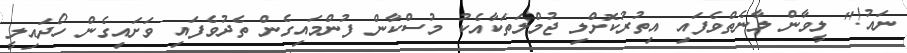
ނައު!" ލީވާން ލާނެތްވެފައި އިތުރުކޮށްލި ޖުމްލަތަކާއެކު މުސްކާން ފުންމައިގެން ތެދުވެފައި ވަށައިގެން ހޯދައިލީ